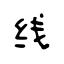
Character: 线